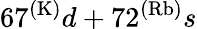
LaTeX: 67^{(\mathrm{K)}}d+72^{(\mathrm{Rb)}}s